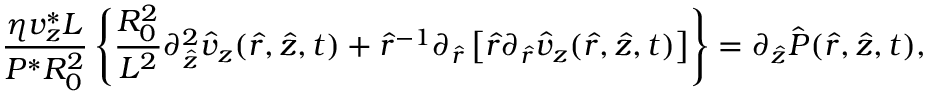
\frac { \eta v _ { z } ^ { * } L } { P ^ { * } R _ { 0 } ^ { 2 } } \left\{ \frac { R _ { 0 } ^ { 2 } } { L ^ { 2 } } \partial _ { \hat { z } } ^ { 2 } \hat { v } _ { z } ( \hat { r } , \hat { z } , t ) + \hat { r } ^ { - 1 } \partial _ { \hat { r } } \left[ \hat { r } \partial _ { \hat { r } } \hat { v } _ { z } ( \hat { r } , \hat { z } , t ) \right] \right\} = \partial _ { \hat { z } } \hat { P } ( \hat { r } , \hat { z } , t ) ,